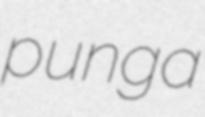
punga